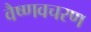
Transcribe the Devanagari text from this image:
वैष्णवचरण